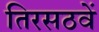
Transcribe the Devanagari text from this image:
तिरसठवें